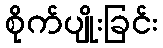
စိုက်ပျိုးခြင်း